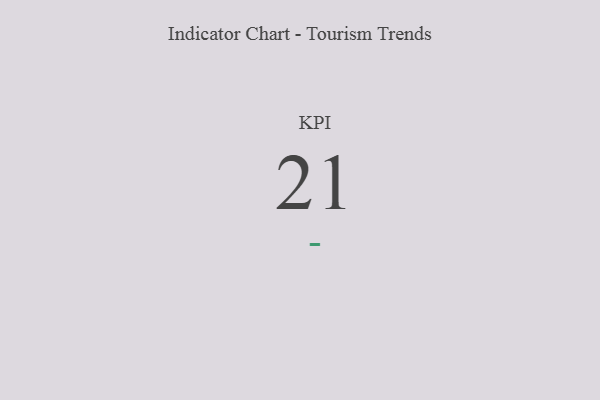
{"axis": {"x": "KPI", "y": "Value"}, "legend": [""], "data": [{"x": "KPI", "y": 21, "type": ""}]}